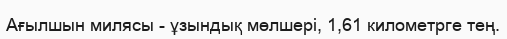
Ағылшын милясы - ұзындық мөлшері, 1,61 километрге тең.